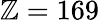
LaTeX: \mathbb{Z}=169